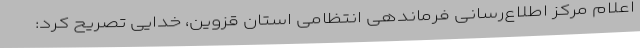
اعلام مرکز اطلاع‌رسانی فرماندهی انتظامی استان قزوین، خدایی تصریح کرد: